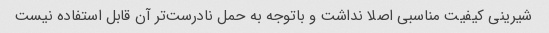
شیرینی کیفیت مناسبی اصلا نداشت و باتوجه به حمل نادرست‌تر آن قابل استفاده نیست